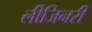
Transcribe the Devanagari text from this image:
लीजिनरी